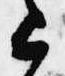
上